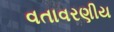
વતાવરણીય